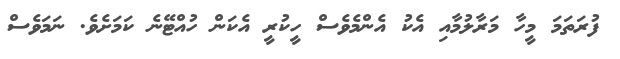
ފުރަތަމަ މީހާ މަރާލުމާއި އެކު އެންމެވެސް ހީކުރީ އެކަން ހުއްޓޭނެ ކަމަށެވެ. ނަމަވެސް